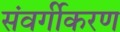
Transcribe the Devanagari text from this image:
संवर्गीकरण